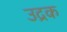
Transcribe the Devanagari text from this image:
उद्रक